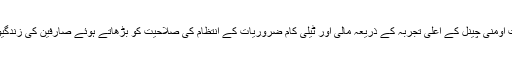
اداروں کے مابین یہ مطابقت اومنی چینل کے اعلیٰ تجربہ کے ذریعہ مالی اور ٹیلی کام ضروریات کے انتظام کی صلاحیت کو بڑھاتے ہوئے صارفین کی زندگیوں میں قدر شامل کرے گی۔